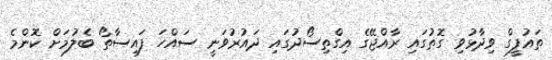
ތައުފީގް ވިދާޅުވި ގޮތުގައި ރާއްޖޭގެ އިގްތިސޯދުގައި ދައުރުވަނީ ސައްހަ ފައިސާތޯ ބެލުމަށް ކޮންމެ